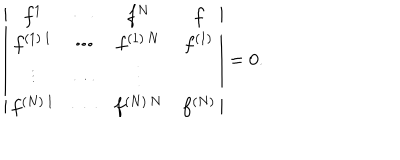
\left| \begin{array} { c c c c } { { f ^ { 1 } } } & { { \cdots } } & { { f ^ { N } } } & { { f } } \\ { { f ^ { ( 1 ) \, 1 } } } & { { \cdots } } & { { f ^ { ( 1 ) \, N } } } & { { f ^ { ( 1 ) } } } \\ { { \vdots } } & { { \cdots } } & { { \vdots } } \\ { { f ^ { ( N ) \, 1 } } } & { { \cdots } } & { { f ^ { ( N ) \, N } } } & { { f ^ { ( N ) } } } \\ \end{array} \right| = 0 .